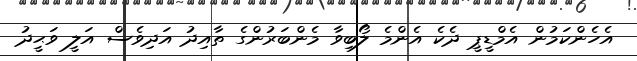
އެހެންކަމުން އެމްޑީޕީ ދެކެ އެންމެ ލޯބިވާ މެންބަރުންގެ ތާއިދު އަދިވެސް އަލީ ވަޙީދު